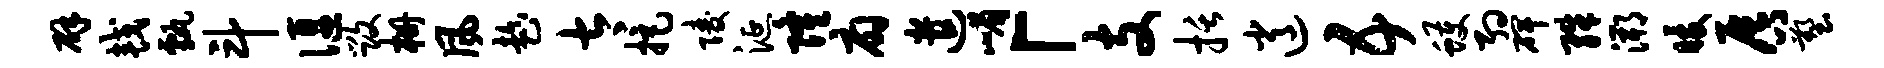
辟较甄斗偃毁栅风趁太拒陵涎隆扇遣嵋「支括逍五蠖约碑殊溯暖唇塑